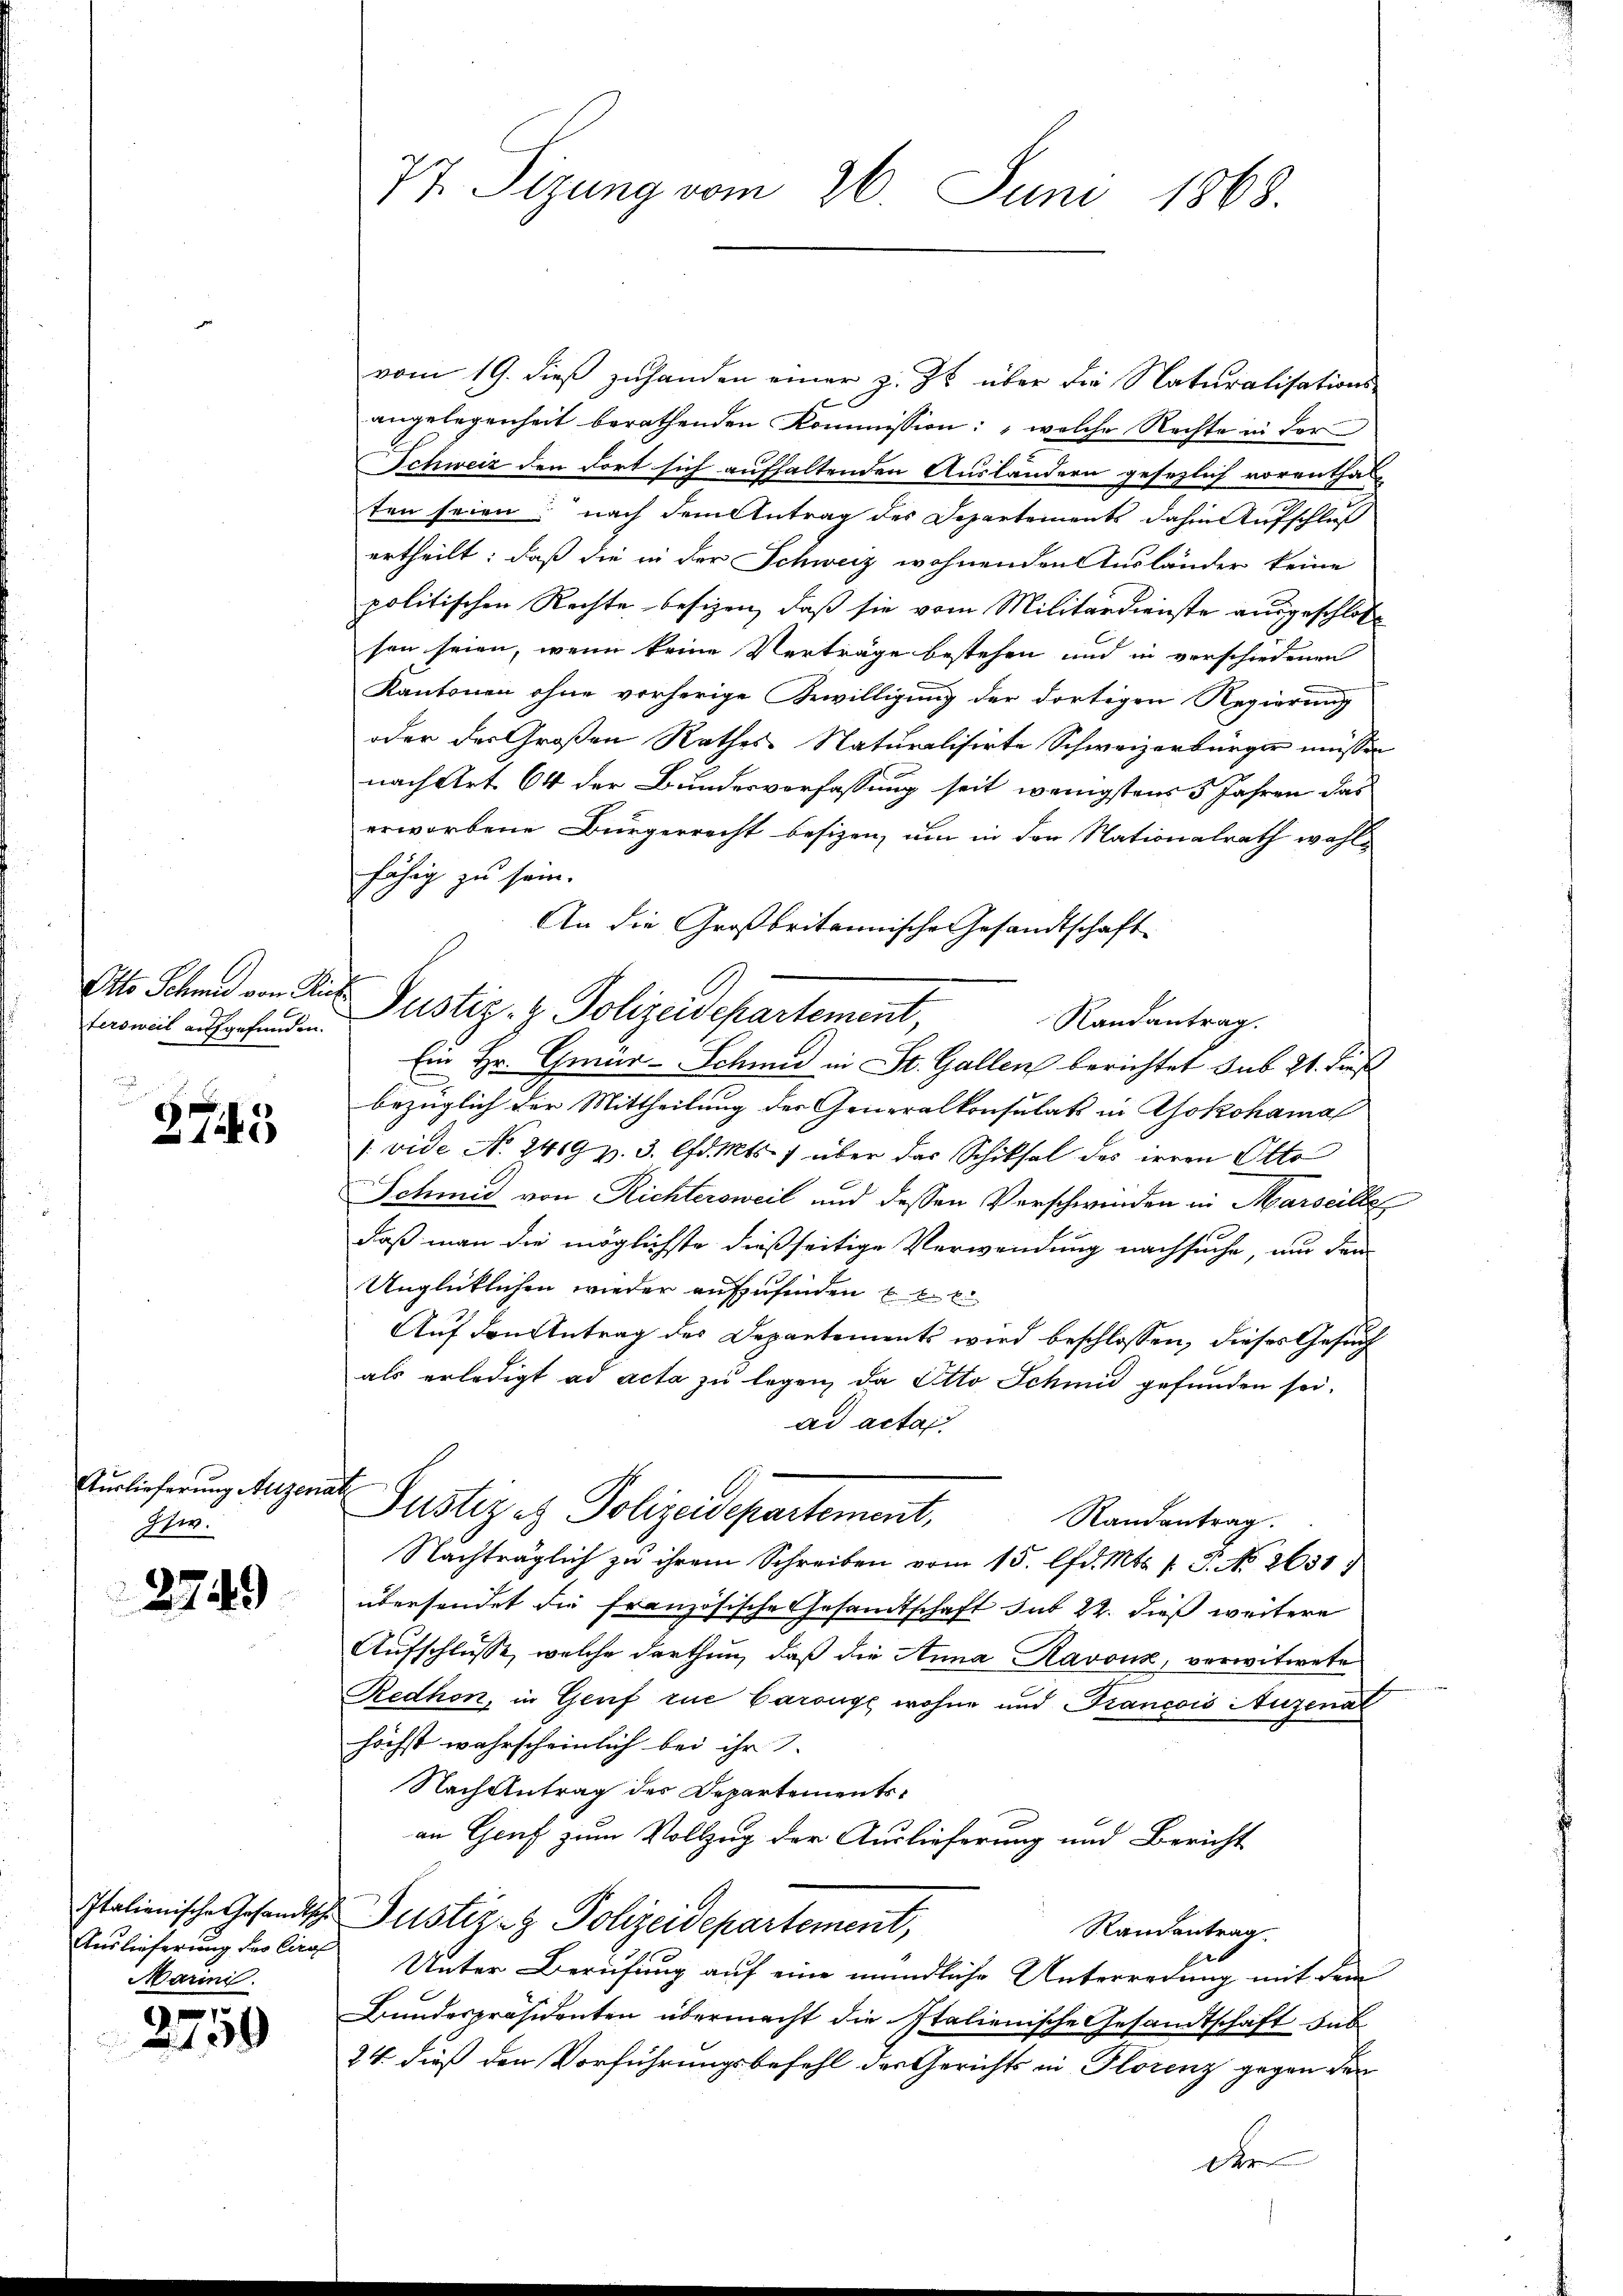
Otto Schmid von An
tersweil aufgefunden.

2745

Auslieferung Allsenat
Ihw.

2749)

Marini.

1
2139

77. Sitzung vom 26. Juni 1868.

vom 19. dieß zuhanden einer z. Zt. über die Naturalisations-
angelegenheit berathenden Kommission: „welche Rechte in der
Schweiz den dort sich aufhaltenden Ausländern gesezlich vorenthal
ten seien; nach dem Antrag des Departements dahin Aufschluß
ertheilt: daß die in der Schweiz wohnenden Ausländer keine
politischen Rechte besizen, daß sie vom Militärdienste ausgeschlos
son seien, wenn keine Verträge bestehen und in verschiedenen
Kantonen ohne vorherige Gewilligung der dortigen Regierung
oder der Großen Rathes Naturalisirte Schweizerbürger müssen
nach Art. 64 der Bundesverfassung seit wenigstens 5 Jahren das
erworbene Bürgerrecht besizen, um in der Nationalrath wohl
fährig zu sein.
An die Großbritannische Gesandtschaft
Randantrag.
Ein Hr. Graar-Schmid in St. Gallen berichtet sub 21. dieß
bezüglich der Mittheilung der Generalkonsulats in Yokohamal
/. vide No. 2419 v. 3. lfd. Mts. 7 über das Schiksal des irren Otto
Schmid von Richtersweil und dessen Verschwenden in Marseille
daß man die möglichste dießseitige Verwendung nachsuche, nur den
Unglücklichen wieder aufzufinden u. l. E
Auf den Antrag des Departements wird beschlossen, dieses Gesuch
als erledigt ad acta zu legen, da Otto Schmid gefanden sei.
ad acta
Justiz et Polizeidepartement,
Randantrag.
Nachträglich zu ihrem Schreiben vom 15. lfd. Mts. 1. P. No 2631.
übersendet die Französische Gesandtschaft sub 22. dieß weitere
Aufschlüsse, welche darthun, daß die Anna Ravoux, verwitwete
Redhon, in Genf zur Baronge wohne und Francois Auzenal
höchst wahrscheinlich bei ihr
Nach Antrag des Departementsan Genf zum Vollzug der Auslieferung und Bericht
Italienische Gesandtsche Justiz- & Polizeidepartement,
Randantrag.
Auslieferung der ling Unter Berufung auf eine mündliche Unterredung mit dem
Bundespräsidenten übermacht die Italienische Gesandtschaft sub
24. dieß der Vorführungsbefehl des Gerichts in Florenz gegen den
A

Justiz- & Polizeidepartement,